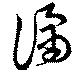
譎